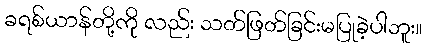
ခရစ်ယာန်တို့ကို လည်း သတ်ဖြတ်ခြင်းမပြုခဲ့ပါဘူး။